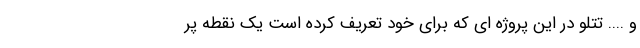
و .... تتلو در این پروژه ای که برای خود تعریف کرده است یک نقطه پر